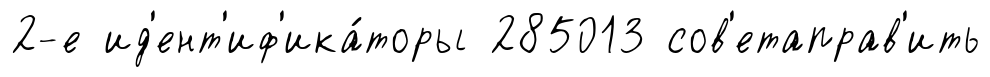
2-е ид'ент'иф'ика́торы 285013 сов'етаправ'ить